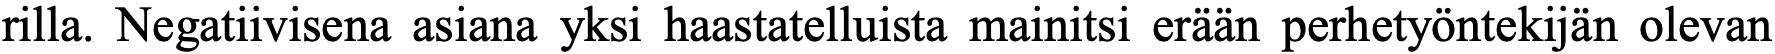
rilla. Negatiivisena asiana yksi haastatelluista mainitsi erään perhetyöntekijän olevan